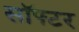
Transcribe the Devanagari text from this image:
सॉफ्टर